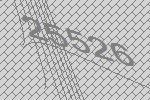
25526